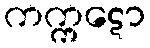
ကက္ကဋော